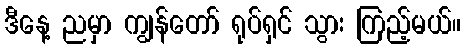
ဒီနေ့ ညမှာ ကျွန်တော် ရုပ်ရှင် သွား ကြည့်မယ်။